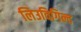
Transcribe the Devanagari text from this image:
लिउविगिल्द